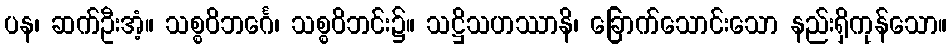
ပန၊ ဆက်ဦးအံ့။ သစ္စဝိဘင်္ဂေ၊ သစ္စဝိဘင်း၌။ သဋ္ဌိသဟဿာနိ၊ ခြောက်သောင်းသော နည်းရှိကုန်သော။